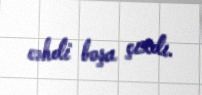
cəhdi boşa çıxdı.